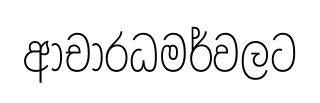
ආචාරධමර්වලට